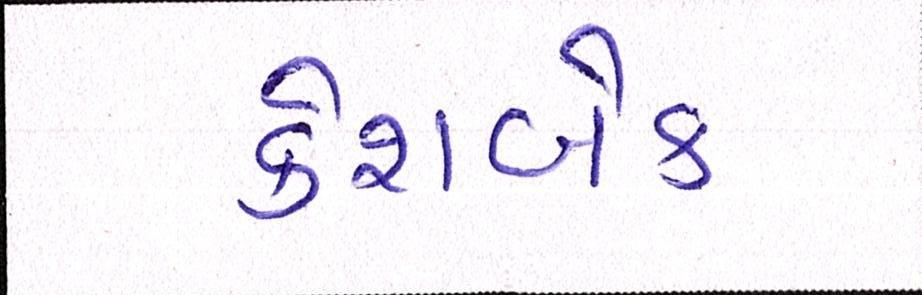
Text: કેશબેક